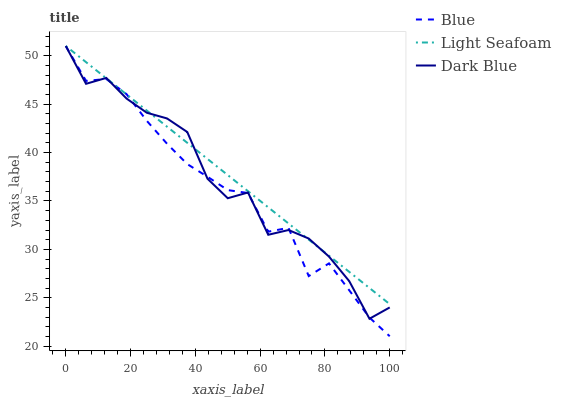
| xaxis_label | Blue | Light Seafoam | Dark Blue |
 | --- | --- | --- | --- |
 | 0 | 51 | 51 | 51 |
 | 6.25 | 47.4 | 49.3 | 47.1 |
 | 12.5 | 47.6 | 47.7 | 47.7 |
 | 18.8 | 46 | 46 | 45.6 |
 | 25 | 43.3 | 44.3 | 44.1 |
 | 31.2 | 40.9 | 42.7 | 43.5 |
 | 37.5 | 38.8 | 41 | 42.1 |
 | 43.8 | 37.5 | 39.3 | 37.3 |
 | 50 | 36.1 | 37.7 | 35.3 |
 | 56.2 | 35.8 | 36 | 35.9 |
 | 62.5 | 31.8 | 34.3 | 31.5 |
 | 68.8 | 32.2 | 32.7 | 32 |
 | 75 | 27.2 | 31 | 31.1 |
 | 81.2 | 28.6 | 29.3 | 29.3 |
 | 87.5 | 25.8 | 27.7 | 26.7 |
 | 93.8 | 23 | 26 | 22.8 |
 | 100 | 21 | 24.4 | 24 |